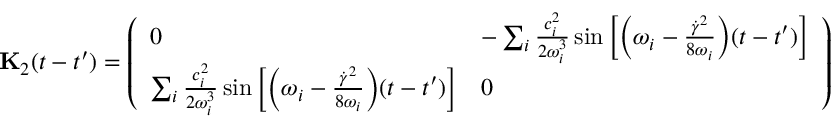
\mathbf { { K } } _ { 2 } ( t - t ^ { \prime } ) = \left( \begin{array} { l l } { 0 } & { - \sum _ { i } \frac { c _ { i } ^ { 2 } } { 2 \omega _ { i } ^ { 3 } } \sin \left[ \Bigl ( \omega _ { i } - \frac { \dot { \gamma } ^ { 2 } } { 8 \omega _ { i } } \Bigr ) ( t - t ^ { \prime } ) \right] } \\ { \sum _ { i } \frac { c _ { i } ^ { 2 } } { 2 \omega _ { i } ^ { 3 } } \sin \left[ \Bigl ( \omega _ { i } - \frac { \dot { \gamma } ^ { 2 } } { 8 \omega _ { i } } \Bigr ) ( t - t ^ { \prime } ) \right] } & { 0 } \end{array} \right)